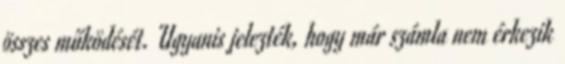
összes működését. Ugyanis jelezték, hogy már számla nem érkezik